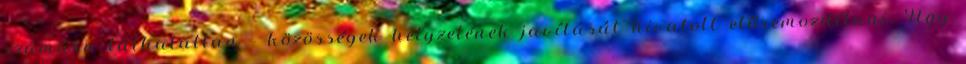
számára láthatatlan – közösségek helyzetének javítását hivatott előremozdítani. Úgy